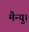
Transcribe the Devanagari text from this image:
मैन्यु।